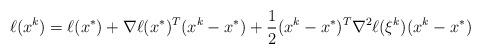
LaTeX: \begin{align*}\ell(x^k) & = \ell(x^*) + \nabla \ell(x^*)^T(x^k-x^*)+\frac{1}{2}(x^k-x^*)^T\nabla^2\ell(\xi^k)(x^k-x^*)\end{align*}